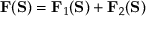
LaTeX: \mathbf { F } ( \mathbf { S } ) = \mathbf { F } _ { 1 } ( \mathbf { S } ) + \mathbf { F } _ { 2 } ( \mathbf { S } )